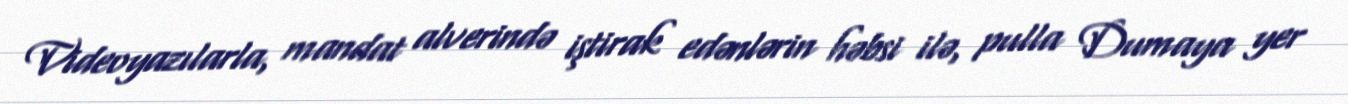
Videoyazılarla, mandat alverində iştirak edənlərin həbsi ilə, pulla Dumaya yer